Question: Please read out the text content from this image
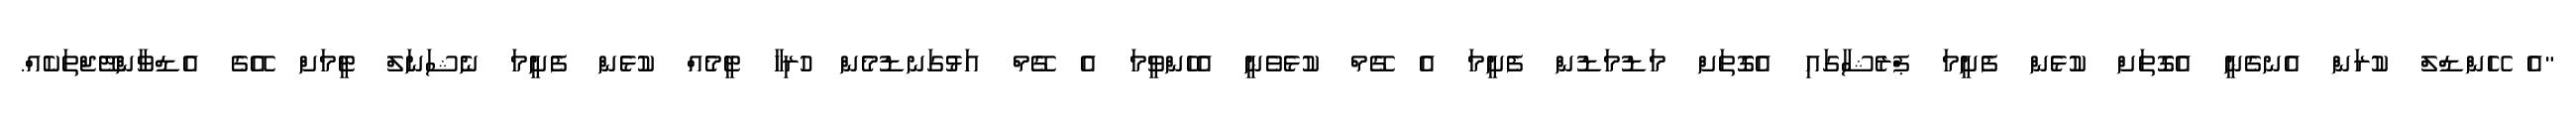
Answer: "އެ ހޭންޑްލް ކުރަން އެނގެނީ އެގޮތަށް ކުޅެން ފެށީމަ ޕްރެޝާގައި އެގޮތަށް މަޑުމަޑުން ފެށީމަ އެ ގޭމް ކުޅެވެނީ އެހެންވީމަ އެ ގޭމް އަޅުގަނޑުމެން ހުރިހާ ޓީމެއް ކުޅެން ފެށީމަ ނެޝަނަލް ޓީމަށް އޭގެ އެޑްވާންޓޭޖްތަކެއް.